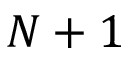
N + 1